Source: Computer-generated
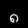
Digit: ၈ (8)